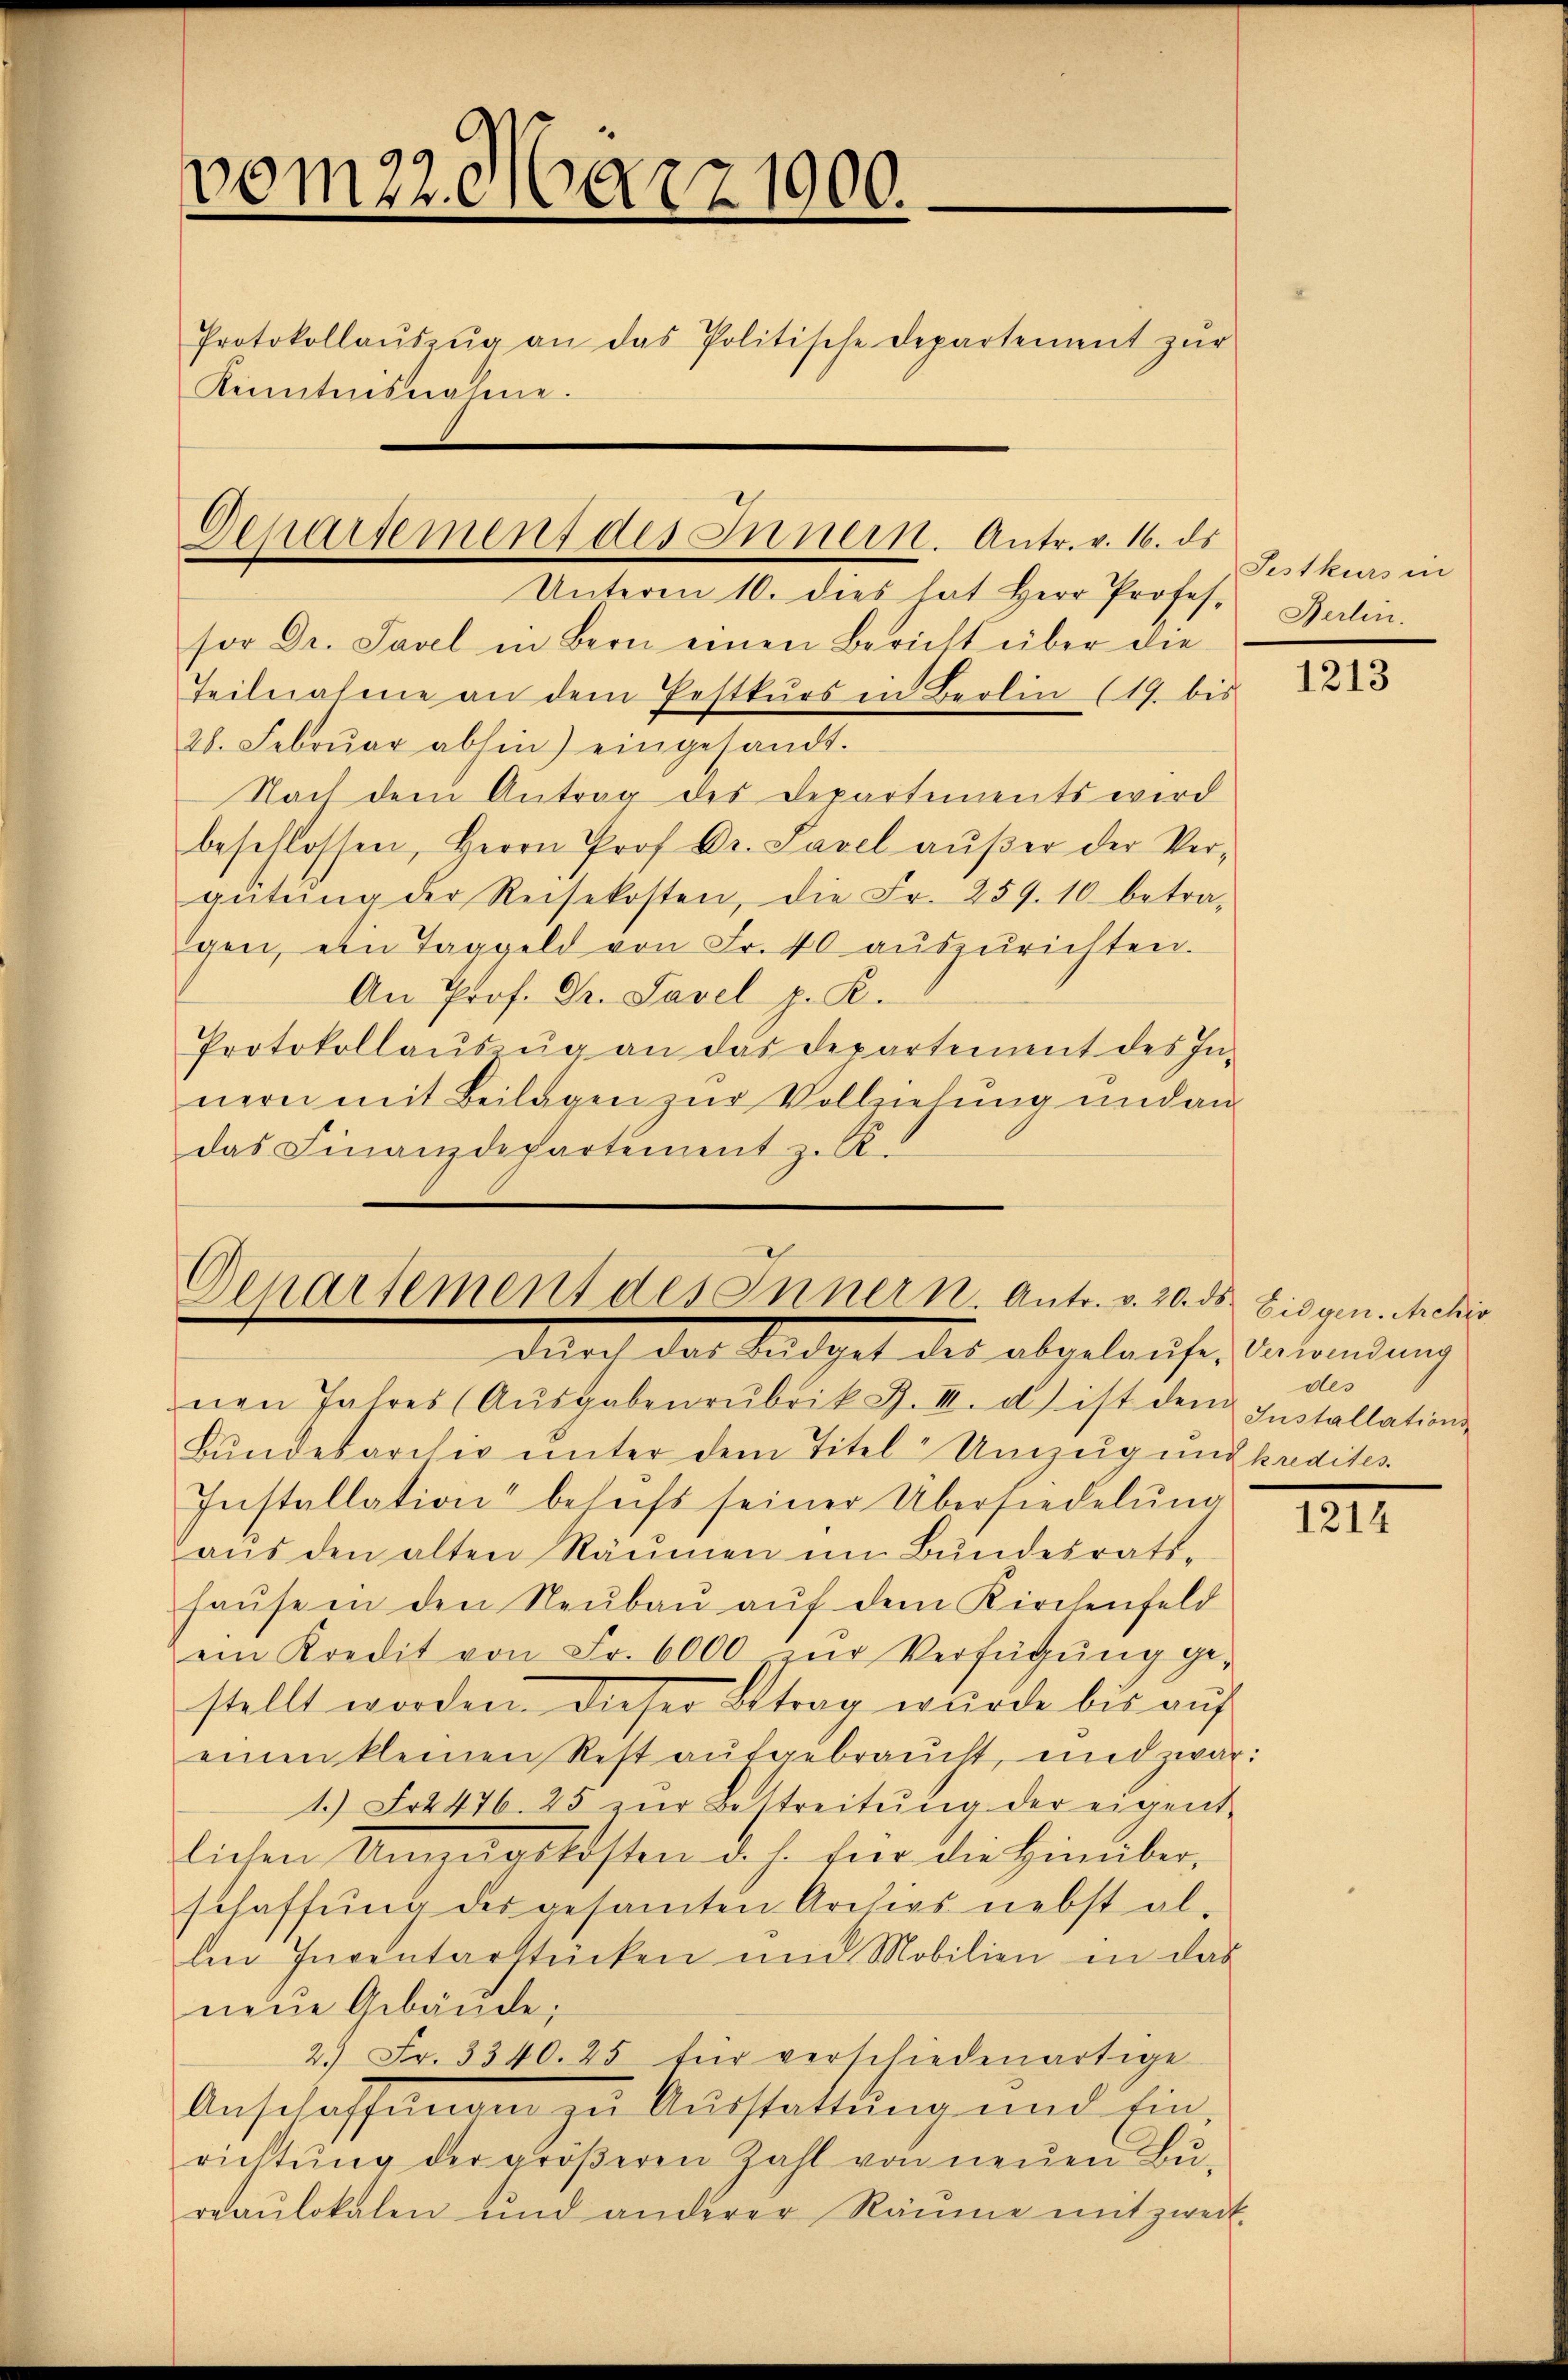
vom 22. März 1900.
Protokollaŭszŭg an das Politische Departement zŭr
Kenntnisnahme.

Deparsement des Innern. Antr. v. 16. ds

Denartement des Innern. Antr. v. 20. ds Eidgen. Mehir
durch das Radget des abgelaufe, Besendung

Unterm 10. dies hat Herr Profes-
sor Dr. Savel in Bern einen Bericht über die
Teilnahme an dem Pestkŭrs in Berlin (19. bis
28. Febrŭar abhin) eingesandt.
Nach dem Antrag des Departements wird
beschlossen, Herrn Prof. Dr. Lavel aŭβer der Vergütŭng der Reisekosten, die Fr. 259. 10. betra-
gen, ein Taggeld von Fr. 40 aŭszŭrichten.
An Prof. Dr. Savel p. K.
Protokollaŭszŭg an das Departement des In-
nern mit Beilagen zŭr Vollziehung und an
das Finanzdepartement z. R.

nen Jahres (Aŭsgabenrubrik S. III. d) ist dem Installations-
Bŭndesarchiv ŭnter dem Titel Umzugung kadites
Installation behufs seiner Übersiedelung
aŭs den alten Räumen im Bundesrats-
haŭse in den Neŭbaŭ aŭf dem Kirchenfeld
ein Kredit von Fr. 6000 zŭr Verfügŭng ge-
stellt worden. Dieser Strag wurde bis auf
einen kleinen Rest aufgebraucht, und zwar:
1.) Fr. 476. 25 zŭr Bestreitŭng der eigent-
lichen Umzŭgskosten d. h. für die hinüber-
schaffung des gesamten Archivs nebst al-
len Inventarstücken und Mobilien in das
neue Gebäude;
2.) Fr. 3340. 25 für verschiedenartige
Anschaffung zu Ausstattung und Einrichtung der größeren Zahl von neuen Bureaŭlokalen und anderer Räume mit zweit-

Festkurs in
Berlin.

1213

des

1214